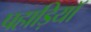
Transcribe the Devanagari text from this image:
पहाड़ियॉ